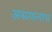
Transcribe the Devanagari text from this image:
असयलाच